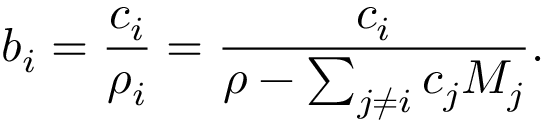
b _ { i } = { \frac { c _ { i } } { \rho _ { i } } } = { \frac { c _ { i } } { \rho - \sum _ { j \neq i } c _ { j } M _ { j } } } .